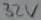
Text: 32V